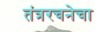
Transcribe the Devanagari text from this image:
तंत्ररचनेचा